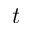
t